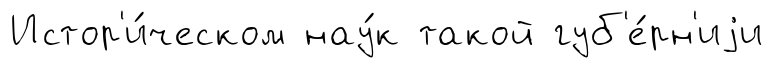
Истор'и́ческом нау́к такой губ'е́рн'иjи